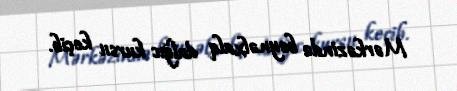
Mərkəzində beynəlxalq dalğıc kursu keçib.